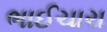
ભાઈચારા